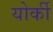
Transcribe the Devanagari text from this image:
योर्की